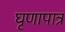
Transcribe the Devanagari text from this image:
घृणापात्र